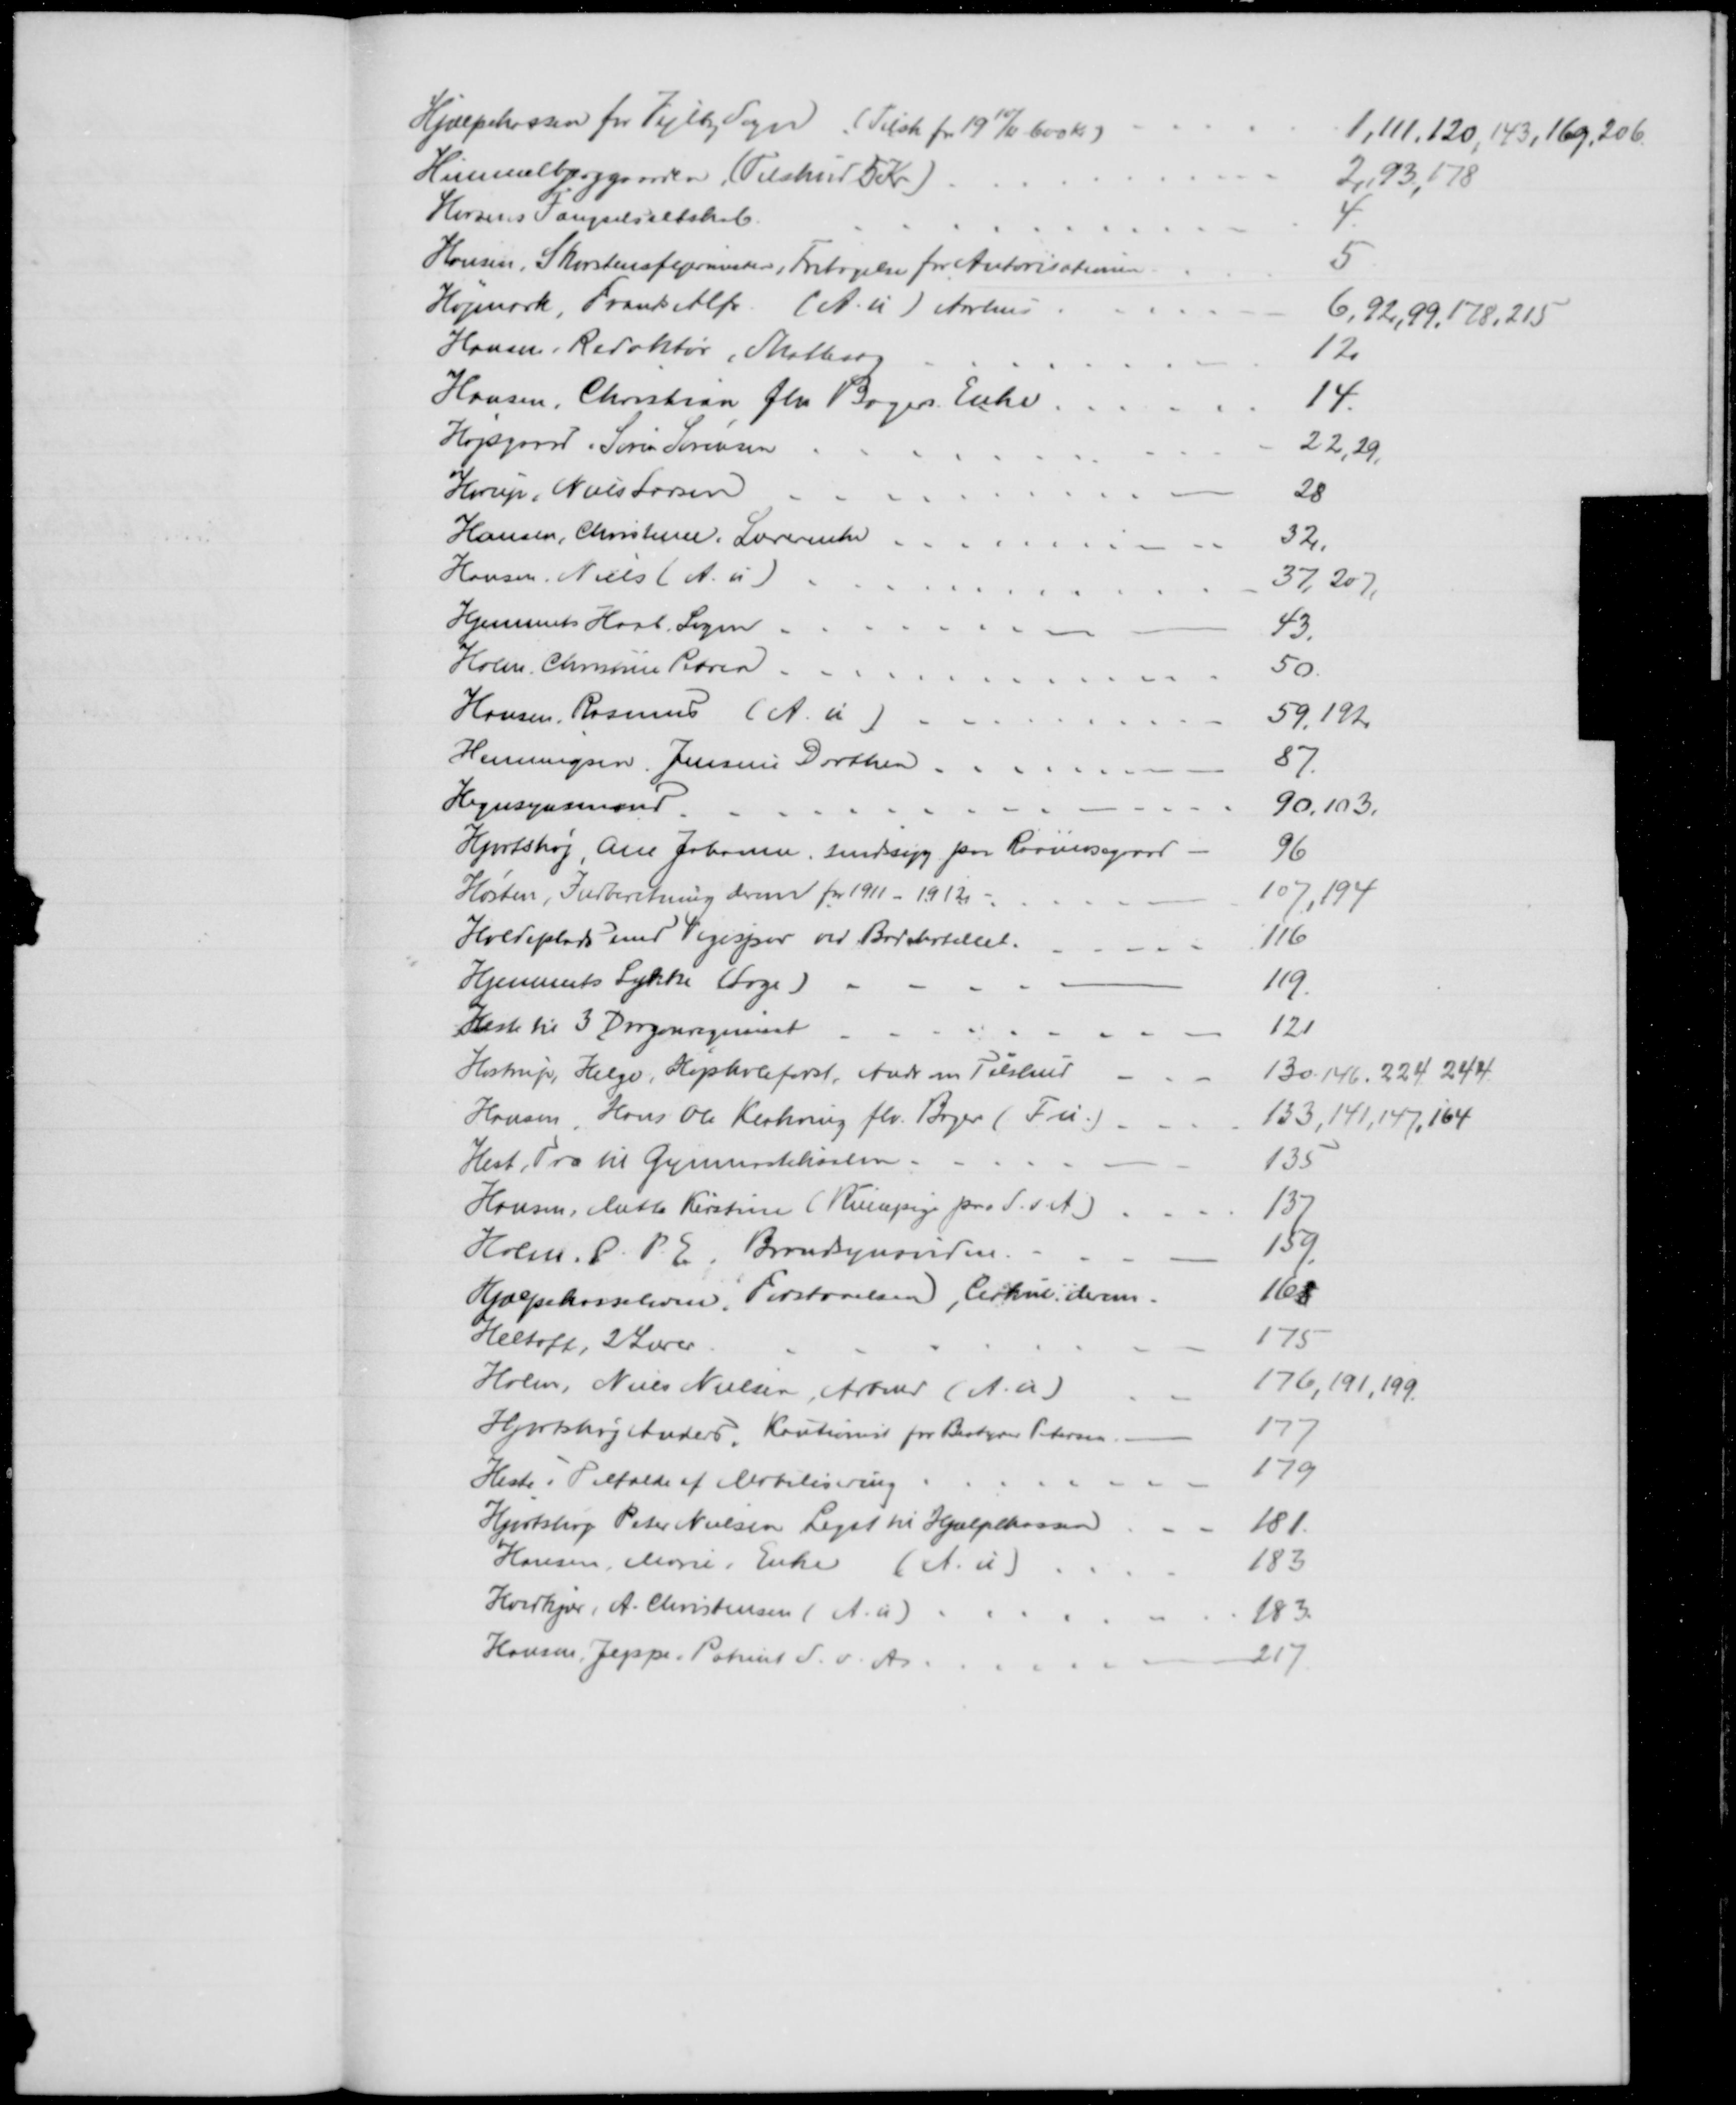
Transskription:
Hjælpekassen for Vejlby Sogn (Tilsk for 1910/12 600 Kr.)
1,111,120, 143, 169, 206.
Himmelbjerggaarden. (Tilskud 5 Kr.)
2,93,178
Horsens Fængselsselskab.
4.
Hansen, Skorstensfejermester, Fritagelse for Autorisationen
5
Højmark, Frank Alfr. (A.u) Aarhus
6,92,99,178,215
Hansen, Redaktør, Skattesag
12
Hansen, Christian fhv. Bagers Enke
14.
Højsgaard, Søren Sørensen
22,29
Horup, Niels Larsen
28
Hansen, Christence, Lærerenke
32.
Hansen Niels (A. u)
37,207,
Hjemmets Haab. Logen
43.
Holm. Christine Petrea
50.
Hansen, Rasmus (A. u)
59,192
Henningsen Jensine Dorthea
87
Hegnsynsmand
90,103,
Hjortshøj, Ane Johanne, sindssyg paa Raamosegaard
96
Høsten, Indberetning derom for 1911 - 1912
107,194
Holdeplads med Vigespor ved Badehotellet.
116
Hjemmets Lykke (Loge)
119.
Heste til 3 Dragonregiment
121
Hastrup, Helge, Højskoleforst, Andr om Tilskud
130.146. 224,244.
Hansen, Hans Ole Klakring fhv. Bager (F. u.)
133,141,147,164
Hest, Træ til Gymnastiksalen.
135
Hansen, Mette Kirstine (Rullepige paa S. v. A.)
137
Holm. C. P. E. Brandsynsvidne.
159
Hjælpekasseloven, Forstaaelsen, Cirkul. derom.
168
Heltoft, 2 Lærer
175
Holm, Niels Nielsen, Arbmd (A.u.)
176,191,199.
Hjortshøj, Anders. Kautionist for Bestyrer Petersen.
177
Heste i Tilfælde af Mobilisering
179
Hjortshøj Peter Nielsen, Legat til Hjælpekassen
181.
Hansen, Marie, Enke (A. u)
183
Hvidkjær, A. Christensen (A. u)
183
Hansen, Jeppe. Patient S. v. A.
217